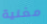
مغنية